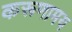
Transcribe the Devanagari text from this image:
करूणामय